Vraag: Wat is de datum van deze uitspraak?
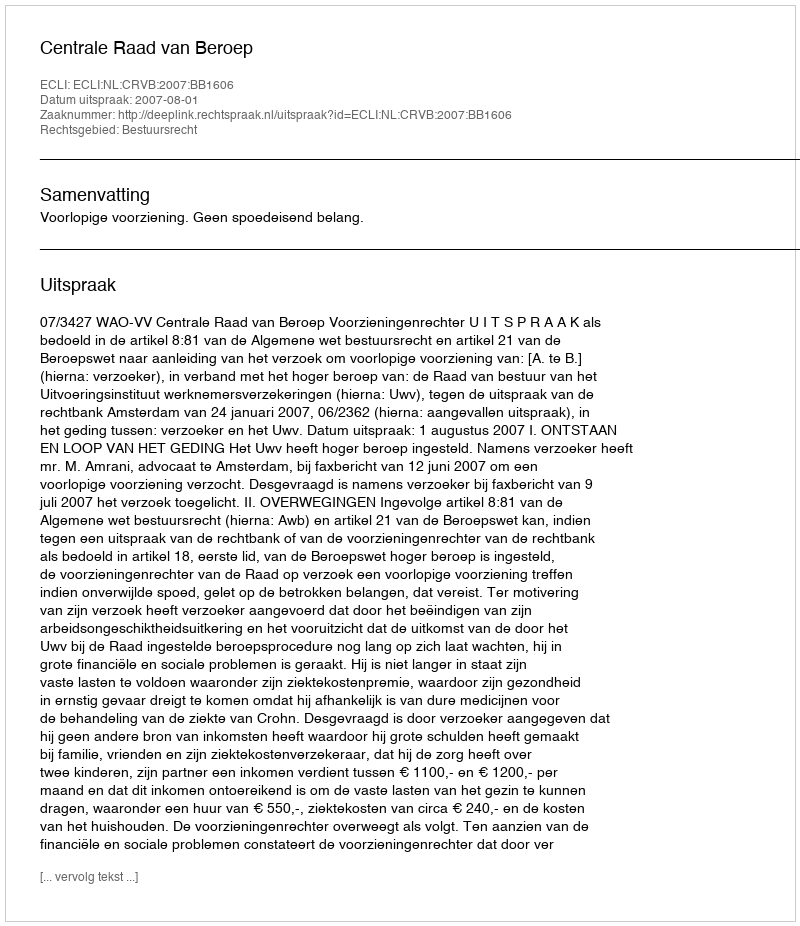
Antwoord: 2007-08-01